Report of veterinary surgeon J.H. Steel, A.V.D., on his investigation into an obscure and fatal disease among transport mules in British Burma
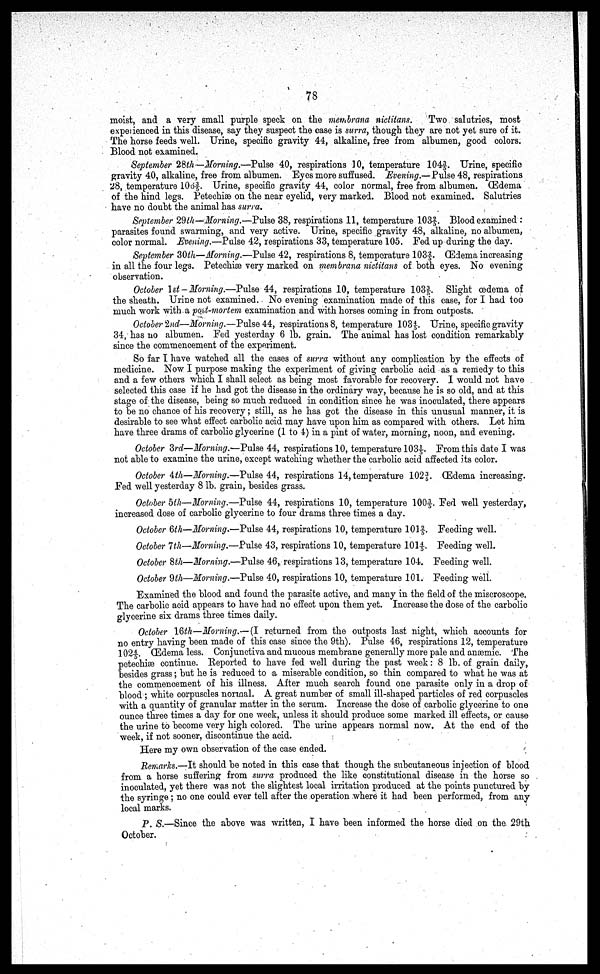
78
moist, and a very small purple speck on the membrana nictitans.
Two salutries, most
experienced in this disease, say they suspect the case is surra, though they are not yet sure of it.
The horse feeds well. Urine, specific gravity 44, alkaline, free from albumen, good colors.
Blood not examined.
September 28th—Morning.—Pulse 40, respirations 10, temperature 104 3/5. Urine, specific
gravity 40, alkaline, free from albumen. Eyes more suffused. Evening.—Pulse 48, respirations
28, temperature 106 3/5. Urine, specific gravity 44, color normal, free from albumen. (Edema
of the hind legs. Petechiae on the near eyelid, very marked. Blood not examined. Salutries
have no doubt the animal has surra.
September 29th—Morning.—Pulse 38, respirations 11, temperature 103 2/5. Blood examined :
parasites found swarming, and very active. Urine, specific gravity 48, alkaline, no albumen,
color normal. Evening.—Pulse 42, respirations 33, temperature 105. Fed up during the day.
September 30th—Morning.—Pulse 42, respirations 8, temperature 103 2/5. Œdema increasing
in all the four legs. Petechiae very marked on membrana nictitans of both eyes. No evening
observation.
October 1st-Morning.—Pulse 44, respirations 10, temperature 103 3/5. Slight oedema of
the sheath. Urine not examined. No evening examination made of this case, for I had too
much work with a post-mortem examination and with horses coming in from outposts.
October 2nd—Morning.—Pulse 44, respirations 8, temperature 103 4/5. Urine, specific gravity
34, has no albumen. Fed yesterday 6 lb. grain. The animal has lost condition remarkably
since the commencement of the experiment.
So far I have watched all the cases of surra without any complication by the effects of
medicine. Now I purpose making the experiment of giving carbolic acid as a remedy to this
and a few others which I shall select as being most favorable for recovery. 1 would not have
selected this case if he had got the disease in the ordinary way, because he is so old, and at this
stage of the disease, being so much reduced in condition since he was inoculated, there appears
to be no chance of his recovery; still, as he has got the disease in this unusual manner, it is
desirable to see what effect carbolic acid may have upon him as compared with others. Let him
have three drams of carbolic glycerine (1 to 4) in a pint of water, morning, noon, and evening.
October 3rd—Morning.—Pulse 44, respirations 10, temperature 103 1/5. From this date I was
not able to examine the urine, except watching whether the carbolic acid affected its color.
October 4th—Morning.—Pulse 44, respirations 14, temperature 102*?. (Edema increasing.
Fed well yesterday 8 lb. grain, besides grass.
October 5th—Morning.—Pulse 44, respirations 10, temperature 100 3/5. Fed well yesterday,
increased dose of carbolic glycerine to four drams three times a day.
October 6th—Morning.—Pulse 44, respirations 10, temperature 101 2/5. Feeding well.
October 7th—Morning.—Pulse 43, respirations 10, temperature 101 4/5. Feeding well.
October 8th—Morning.—Pulse 46, respirations 13, temperature 104. Feeding well.
October 9th—Morning.—Pulse 40, respirations 10, temperature 101. Feeding well.
Examined the blood and found the parasite active, and many in the field of the miscroscope.
The carbolic acid appears to have had no effect upon them yet. Increase the dose of the carbolic
glycerine six drams three times daily.
October 16th—Morning.—(I returned from the outposts last night, which accounts for
no entry having been made of this case since the 9th). Pulse 46, respirations 12, temperature
102 4/5. (Edema less. Conjunctiva and mucous membrane generally more pale and anaemic. The
petechia3 continue. Reported to have fed well during the past week: 8 lb. of grain daily,
besides grass; but he is reduced to a miserable condition, so thin compared to what he was at
the commencement of his illness. After much search found one parasite only in a drop of
blood ; white corpuscles normal. A great number of small ill-shaped particles of red corpuscles
with a quantity of granular matter in the serum. Increase the dose of carbolic glycerine to one
ounce three times a day for one week, unless it should produce some marked ill effects, or cause
the urine to become very high colored. The urine appears normal now. At the end of the
week, if not sooner, discontinue the acid.
Here my own observation of the case ended.
Remarks.—It should be noted in this case that though the subcutaneous injection of blood
from a horse suffering from surra produced the like constitutional disease in the horse so
inoculated, yet there was not the slightest local irritation produced at the points punctured by
the syringe; no one could ever tell after the operation where it had been performed, from any
local marks.
P. S.—Since the above was written, I have been informed the horse died on the 29th
October.